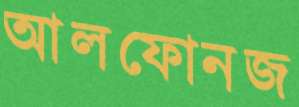
আলফোনজ